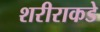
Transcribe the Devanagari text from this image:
शरीराकडे